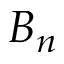
B _ { n }